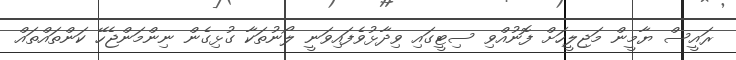
ރައީސް ޔާމީން މަޖިލީހަށް ފޮނުއްވި ސިޓީގައި ވިދާޅުވެފައިވަނީ ލޯނުތަކާ ގުޅިގެން ނިންމަންޖެހޭ ކަންތައްތައް